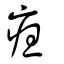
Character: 疸